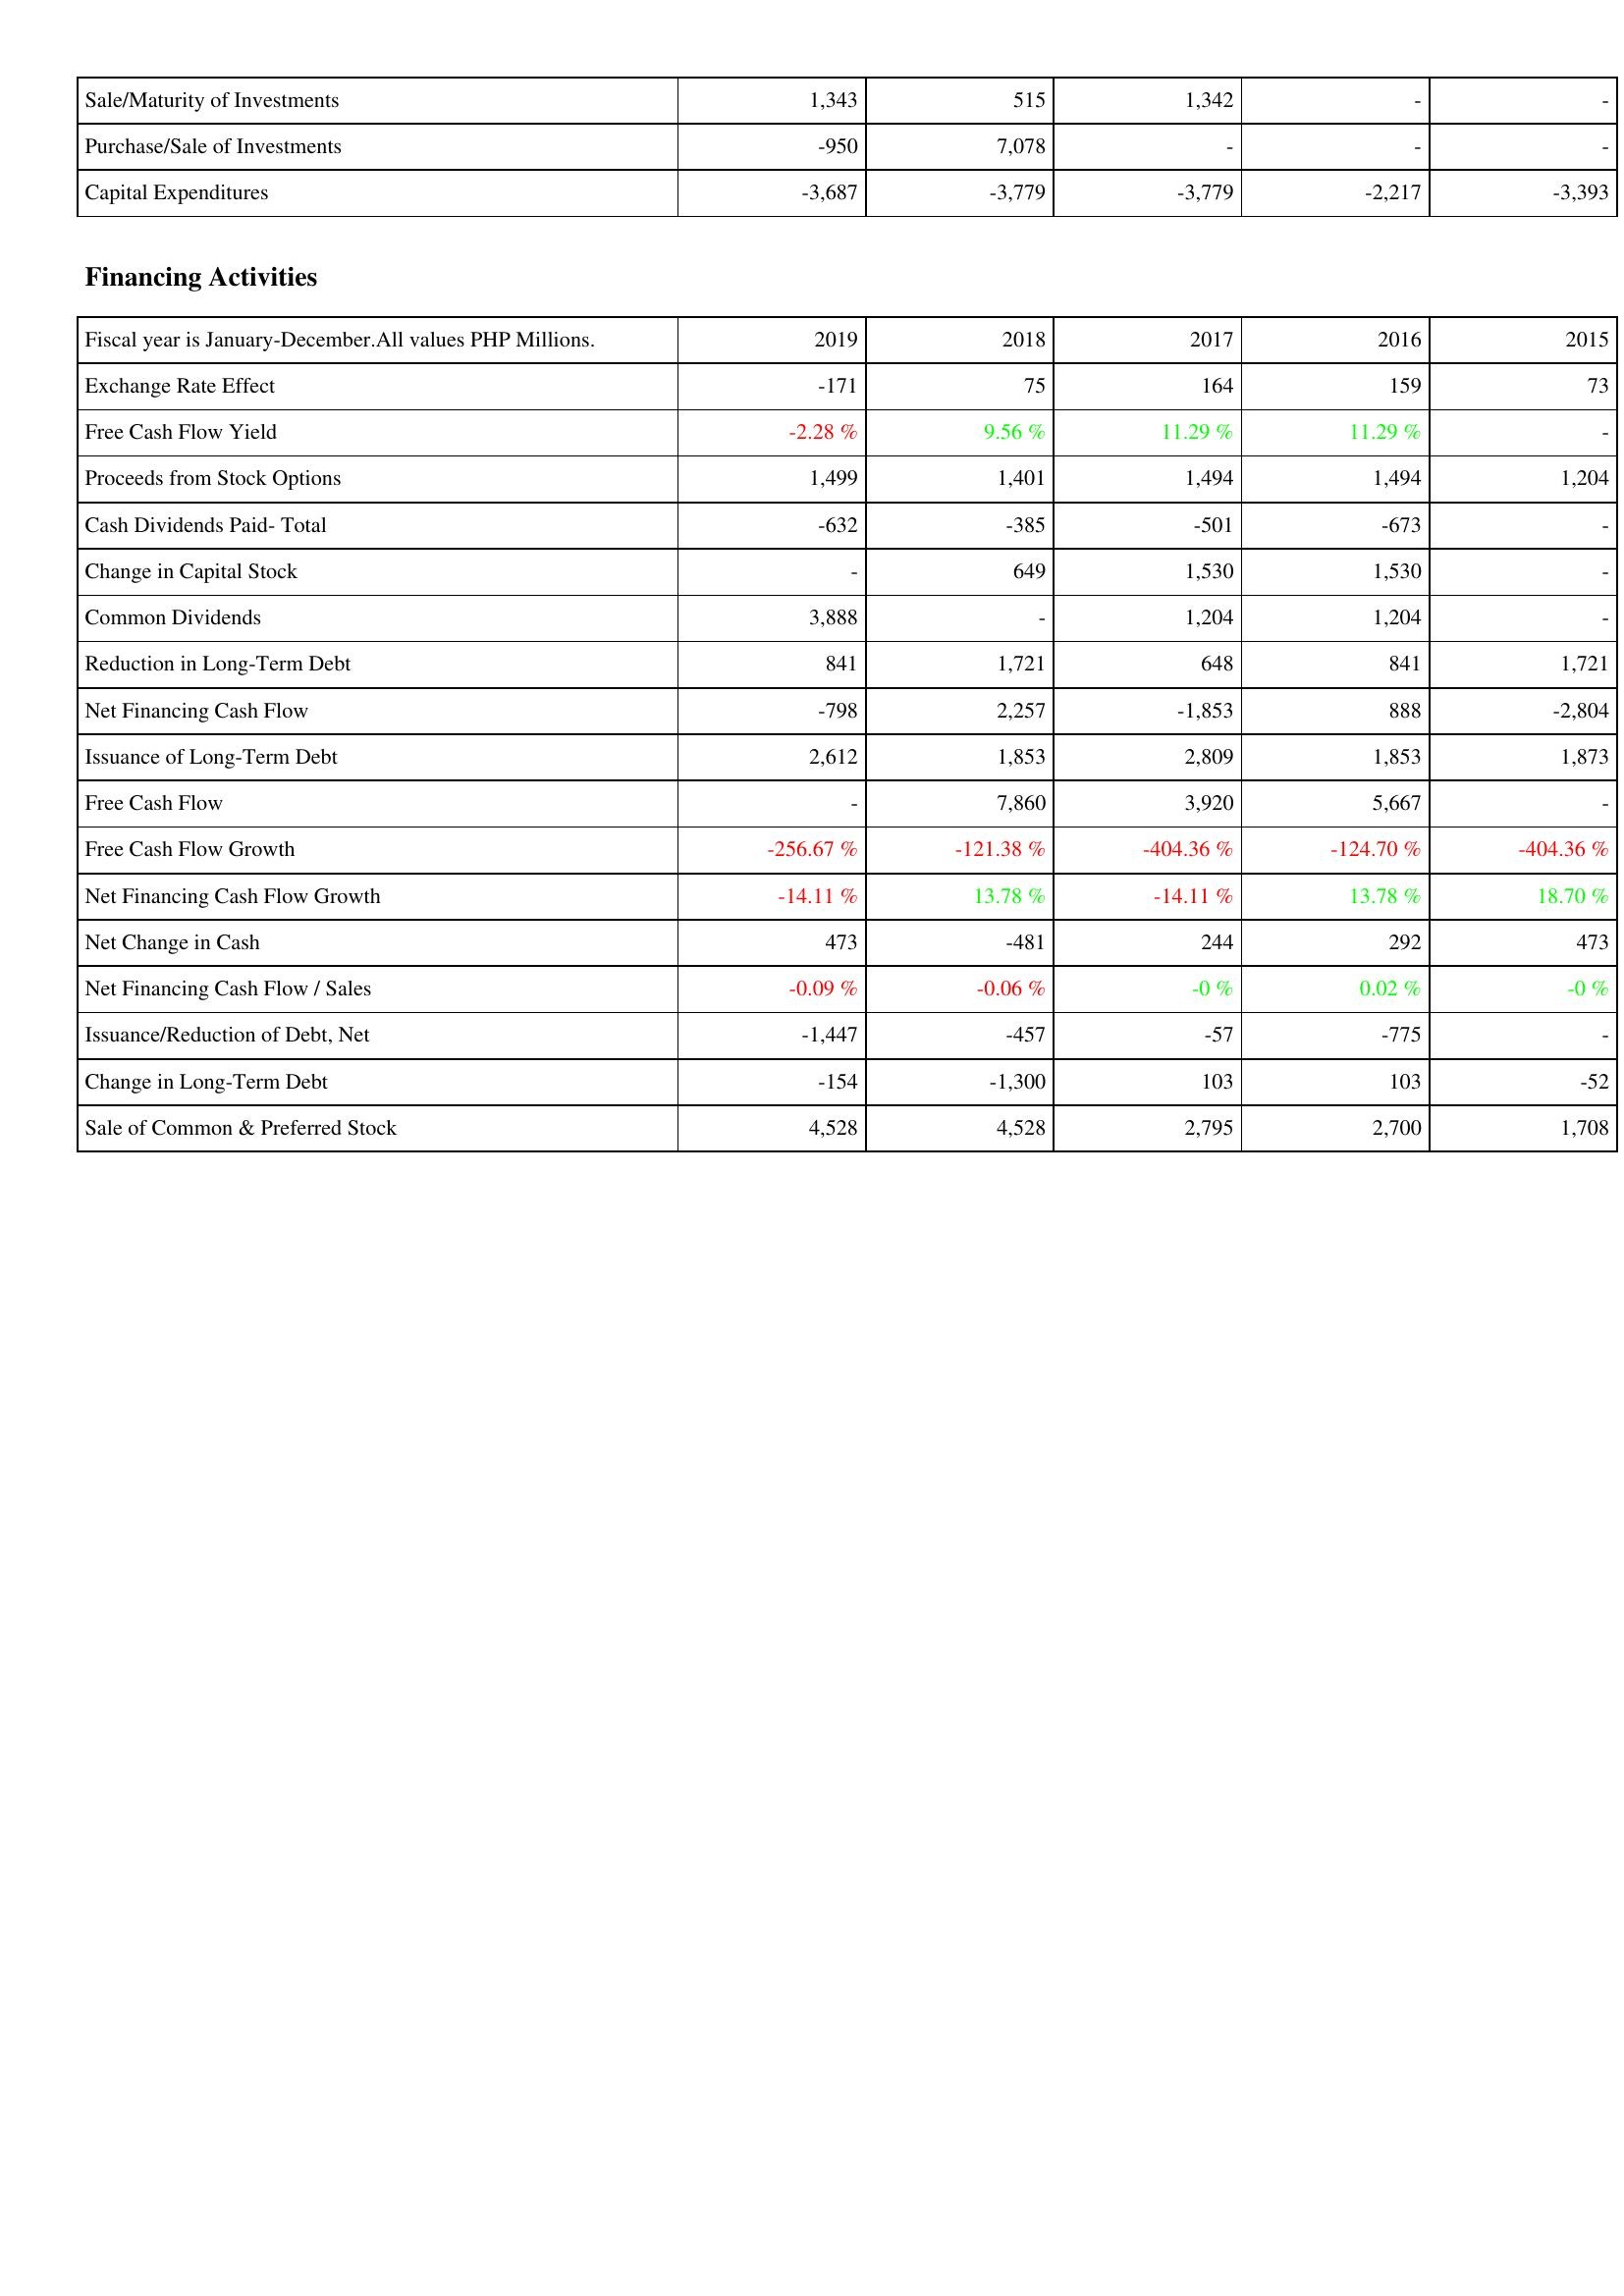
2019: Investing Activities: Sale/Maturity of Investments: 1,343
Purchase/Sale of Investments: -950
Capital Expenditures: -3,687
Financing Activities: Exchange Rate Effect: -171
Free Cash Flow Yield: -2.28 %
Proceeds from Stock Options: 1,499
Cash Dividends Paid- Total: -632
Change in Capital Stock: -
Common Dividends: 3,888
Reduction in Long-Term Debt: 841
Net Financing Cash Flow: -798
Issuance of Long-Term Debt: 2,612
Free Cash Flow: -
Free Cash Flow Growth: -256.67 %
Net Financing Cash Flow Growth: -14.11 %
Net Change in Cash: 473
Net Financing Cash Flow / Sales: -0.09 %
Issuance/Reduction of Debt, Net: -1,447
Change in Long-Term Debt: -154
Sale of Common & Preferred Stock: 4,528
2018: Investing Activities: Sale/Maturity of Investments: 515
Purchase/Sale of Investments: 7,078
Capital Expenditures: -3,779
Financing Activities: Exchange Rate Effect: 75
Free Cash Flow Yield: 9.56 %
Proceeds from Stock Options: 1,401
Cash Dividends Paid- Total: -385
Change in Capital Stock: 649
Common Dividends: -
Reduction in Long-Term Debt: 1,721
Net Financing Cash Flow: 2,257
Issuance of Long-Term Debt: 1,853
Free Cash Flow: 7,860
Free Cash Flow Growth: -121.38 %
Net Financing Cash Flow Growth: 13.78 %
Net Change in Cash: -481
Net Financing Cash Flow / Sales: -0.06 %
Issuance/Reduction of Debt, Net: -457
Change in Long-Term Debt: -1,300
Sale of Common & Preferred Stock: 4,528
2017: Investing Activities: Sale/Maturity of Investments: 1,342
Purchase/Sale of Investments: -
Capital Expenditures: -3,779
Financing Activities: Exchange Rate Effect: 164
Free Cash Flow Yield: 11.29 %
Proceeds from Stock Options: 1,494
Cash Dividends Paid- Total: -501
Change in Capital Stock: 1,530
Common Dividends: 1,204
Reduction in Long-Term Debt: 648
Net Financing Cash Flow: -1,853
Issuance of Long-Term Debt: 2,809
Free Cash Flow: 3,920
Free Cash Flow Growth: -404.36 %
Net Financing Cash Flow Growth: -14.11 %
Net Change in Cash: 244
Net Financing Cash Flow / Sales: -0 %
Issuance/Reduction of Debt, Net: -57
Change in Long-Term Debt: 103
Sale of Common & Preferred Stock: 2,795
2016: Investing Activities: Sale/Maturity of Investments: -
Purchase/Sale of Investments: -
Capital Expenditures: -2,217
Financing Activities: Exchange Rate Effect: 159
Free Cash Flow Yield: 11.29 %
Proceeds from Stock Options: 1,494
Cash Dividends Paid- Total: -673
Change in Capital Stock: 1,530
Common Dividends: 1,204
Reduction in Long-Term Debt: 841
Net Financing Cash Flow: 888
Issuance of Long-Term Debt: 1,853
Free Cash Flow: 5,667
Free Cash Flow Growth: -124.70 %
Net Financing Cash Flow Growth: 13.78 %
Net Change in Cash: 292
Net Financing Cash Flow / Sales: 0.02 %
Issuance/Reduction of Debt, Net: -775
Change in Long-Term Debt: 103
Sale of Common & Preferred Stock: 2,700
2015: Investing Activities: Sale/Maturity of Investments: -
Purchase/Sale of Investments: -
Capital Expenditures: -3,393
Financing Activities: Exchange Rate Effect: 73
Free Cash Flow Yield: -
Proceeds from Stock Options: 1,204
Cash Dividends Paid- Total: -
Change in Capital Stock: -
Common Dividends: -
Reduction in Long-Term Debt: 1,721
Net Financing Cash Flow: -2,804
Issuance of Long-Term Debt: 1,873
Free Cash Flow: -
Free Cash Flow Growth: -404.36 %
Net Financing Cash Flow Growth: 18.70 %
Net Change in Cash: 473
Net Financing Cash Flow / Sales: -0 %
Issuance/Reduction of Debt, Net: -
Change in Long-Term Debt: -52
Sale of Common & Preferred Stock: 1,708